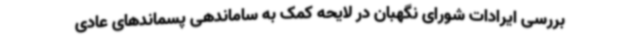
بررسی ایرادات شورای نگهبان در لایحه کمک به ساماندهی پسماندهای عادی